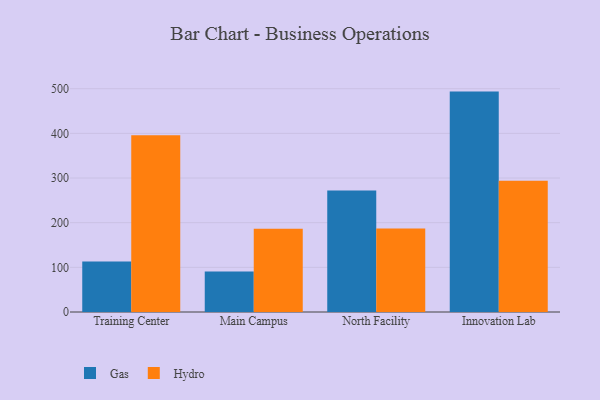
{"axis": {"x": "Campus", "y": "Conversion Rate (%)"}, "legend": ["Gas", "Hydro"], "data": [{"x": "Training Center", "y": 113.0, "type": "Gas"}, {"x": "Training Center", "y": 395.9, "type": "Hydro"}, {"x": "Main Campus", "y": 90.7, "type": "Gas"}, {"x": "Main Campus", "y": 186.6, "type": "Hydro"}, {"x": "North Facility", "y": 272.2, "type": "Gas"}, {"x": "North Facility", "y": 187.0, "type": "Hydro"}, {"x": "Innovation Lab", "y": 493.5, "type": "Gas"}, {"x": "Innovation Lab", "y": 293.8, "type": "Hydro"}]}